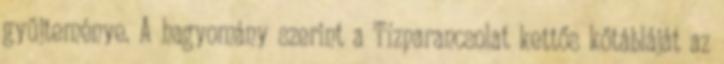
gyűjteménye. A hagyomány szerint a Tízparancsolat kettős kőtábláját az